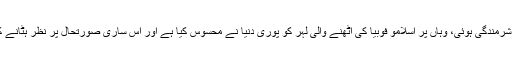
پاک فوج کے ترجمان کا کہنا تھا کہ بھارت نیپال سرحد پر نقشوں میں بھی ان کو بڑی شرمندگی ہوئی، وہاں پر اسلامو فوبیا کی اٹھنے والی لہر کو پوری دنیا نے محسوس کیا ہے اور اس ساری صورتحال پر نظر ہٹانے کے لیے ایل او سی پر کوئی کارروائی کرنا چاہتا ہے جس کے لیے وہ سٹیج بنا رہا ہے۔